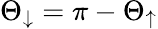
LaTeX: \Theta_{\downarrow}=\pi-\Theta_{\uparrow}